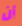
أن